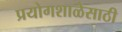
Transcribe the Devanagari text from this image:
प्रयोगशाळेसाठी